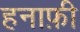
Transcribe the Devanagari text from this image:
हनाफ़ी